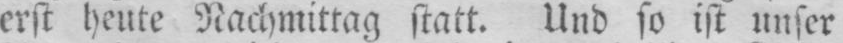
erst heute Nachmittag statt. Und so ist unser